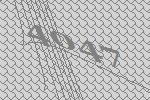
4047